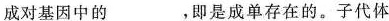
成对基因中的___，即是成单存在的。子代体